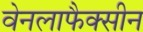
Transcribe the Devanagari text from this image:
वेनलाफैक्सीन